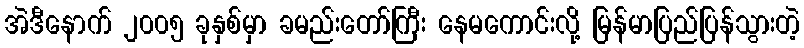
အဲဒီနောက် ၂၀၀၅ ခုနှစ်မှာ ခမည်းတော်ကြီး နေမကောင်းလို့ မြန်မာပြည်ပြန်သွားတဲ့